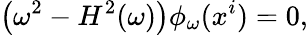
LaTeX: \left(\omega^{2}-H^{2}(\omega)\right)\phi_{\omega}(x^{i})=0,